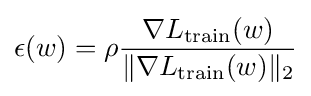
\epsilon (w)=\rho {\frac {\nabla L_{\text{train}}(w)}{\|\nabla L_{\text{train}}(w)\|_{2}}}